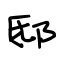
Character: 邸